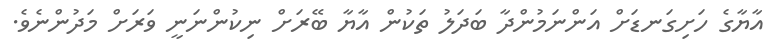
އާޔާގެ ހަށިގަނޑަށް އަންނަމުންދާ ބަދަލު ތަކުން އާޔާ ބޭރަށް ނިކުންނަނީ ވަރަށް މަދުންނެވެ.